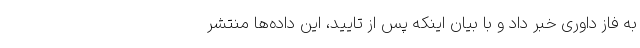
به فاز داوری خبر داد و با بیان اینکه پس از تایید، این داده‌ها منتشر